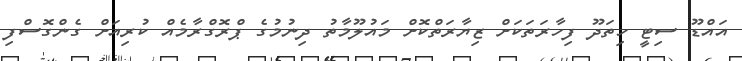
އައްޑޫ ސިޓީ ހިތަދޫ ފިހާރަތަކަށް ޒިޔާރަތްކޮށް މައުލޫމާތު ދިނުމުގެ ޕްރޮގްރާމެއް ކުރިއަށް ގެންގޮސްފި